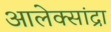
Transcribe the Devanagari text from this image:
आलेक्सांद्रा